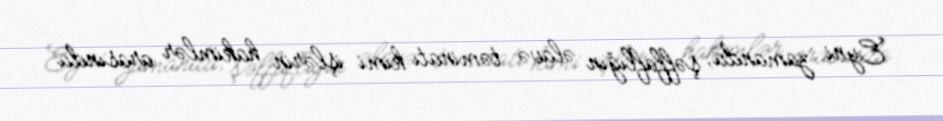
Eyni zamanda, şəffaflığın əlavə təminatı kimi işlərin hakimlər arasında